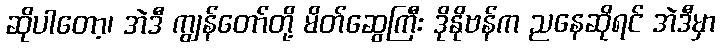
ဆိုပါတော့၊ အဲဒီ ကျွန်တော်တို့ မိတ်ဆွေကြီး ဒိုနိုဗန်က ညနေဆိုရင် အဲဒီမှာ